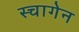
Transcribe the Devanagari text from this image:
स्चागेन